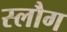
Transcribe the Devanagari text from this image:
स्लौग